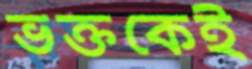
ভক্তকেই